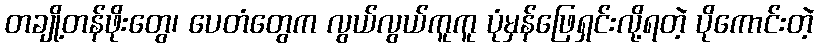
တချို့တန်ဖိုးတွေ၊ ပေတံတွေက လွယ်လွယ်ကူကူ ပုံမှန်ဖြေရှင်းလို့ရတဲ့ ပိုကောင်းတဲ့